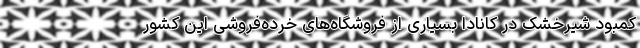
کمبود شیرخشک در کانادا بسیاری از فروشگاه‌های خرده‌فروشی این کشور